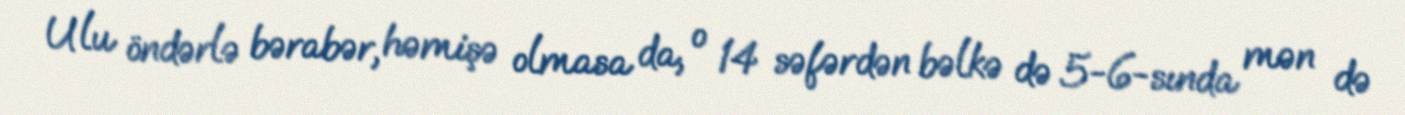
Ulu öndərlə bərabər, həmişə olmasa da, o 14 səfərdən bəlkə də 5-6-sında mən də